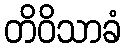
တိဝိသာခံ